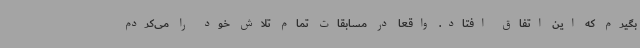
بگیرم که این اتفاق افتاد. واقعا در مسابقات تمام تلاش خود را می‌کردم